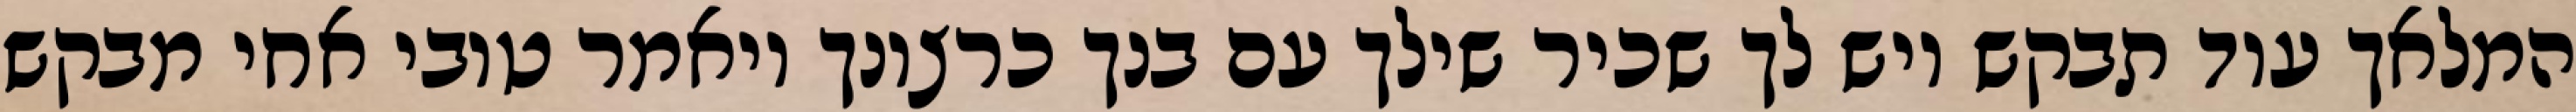
המלאך עוד תבקש ויש לך שכיר שילך עם בנך כרצונך ויאמר טובי אחי מבקש